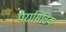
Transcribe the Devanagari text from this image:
पैरासिटिक